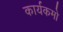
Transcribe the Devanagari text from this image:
कार्यकमो